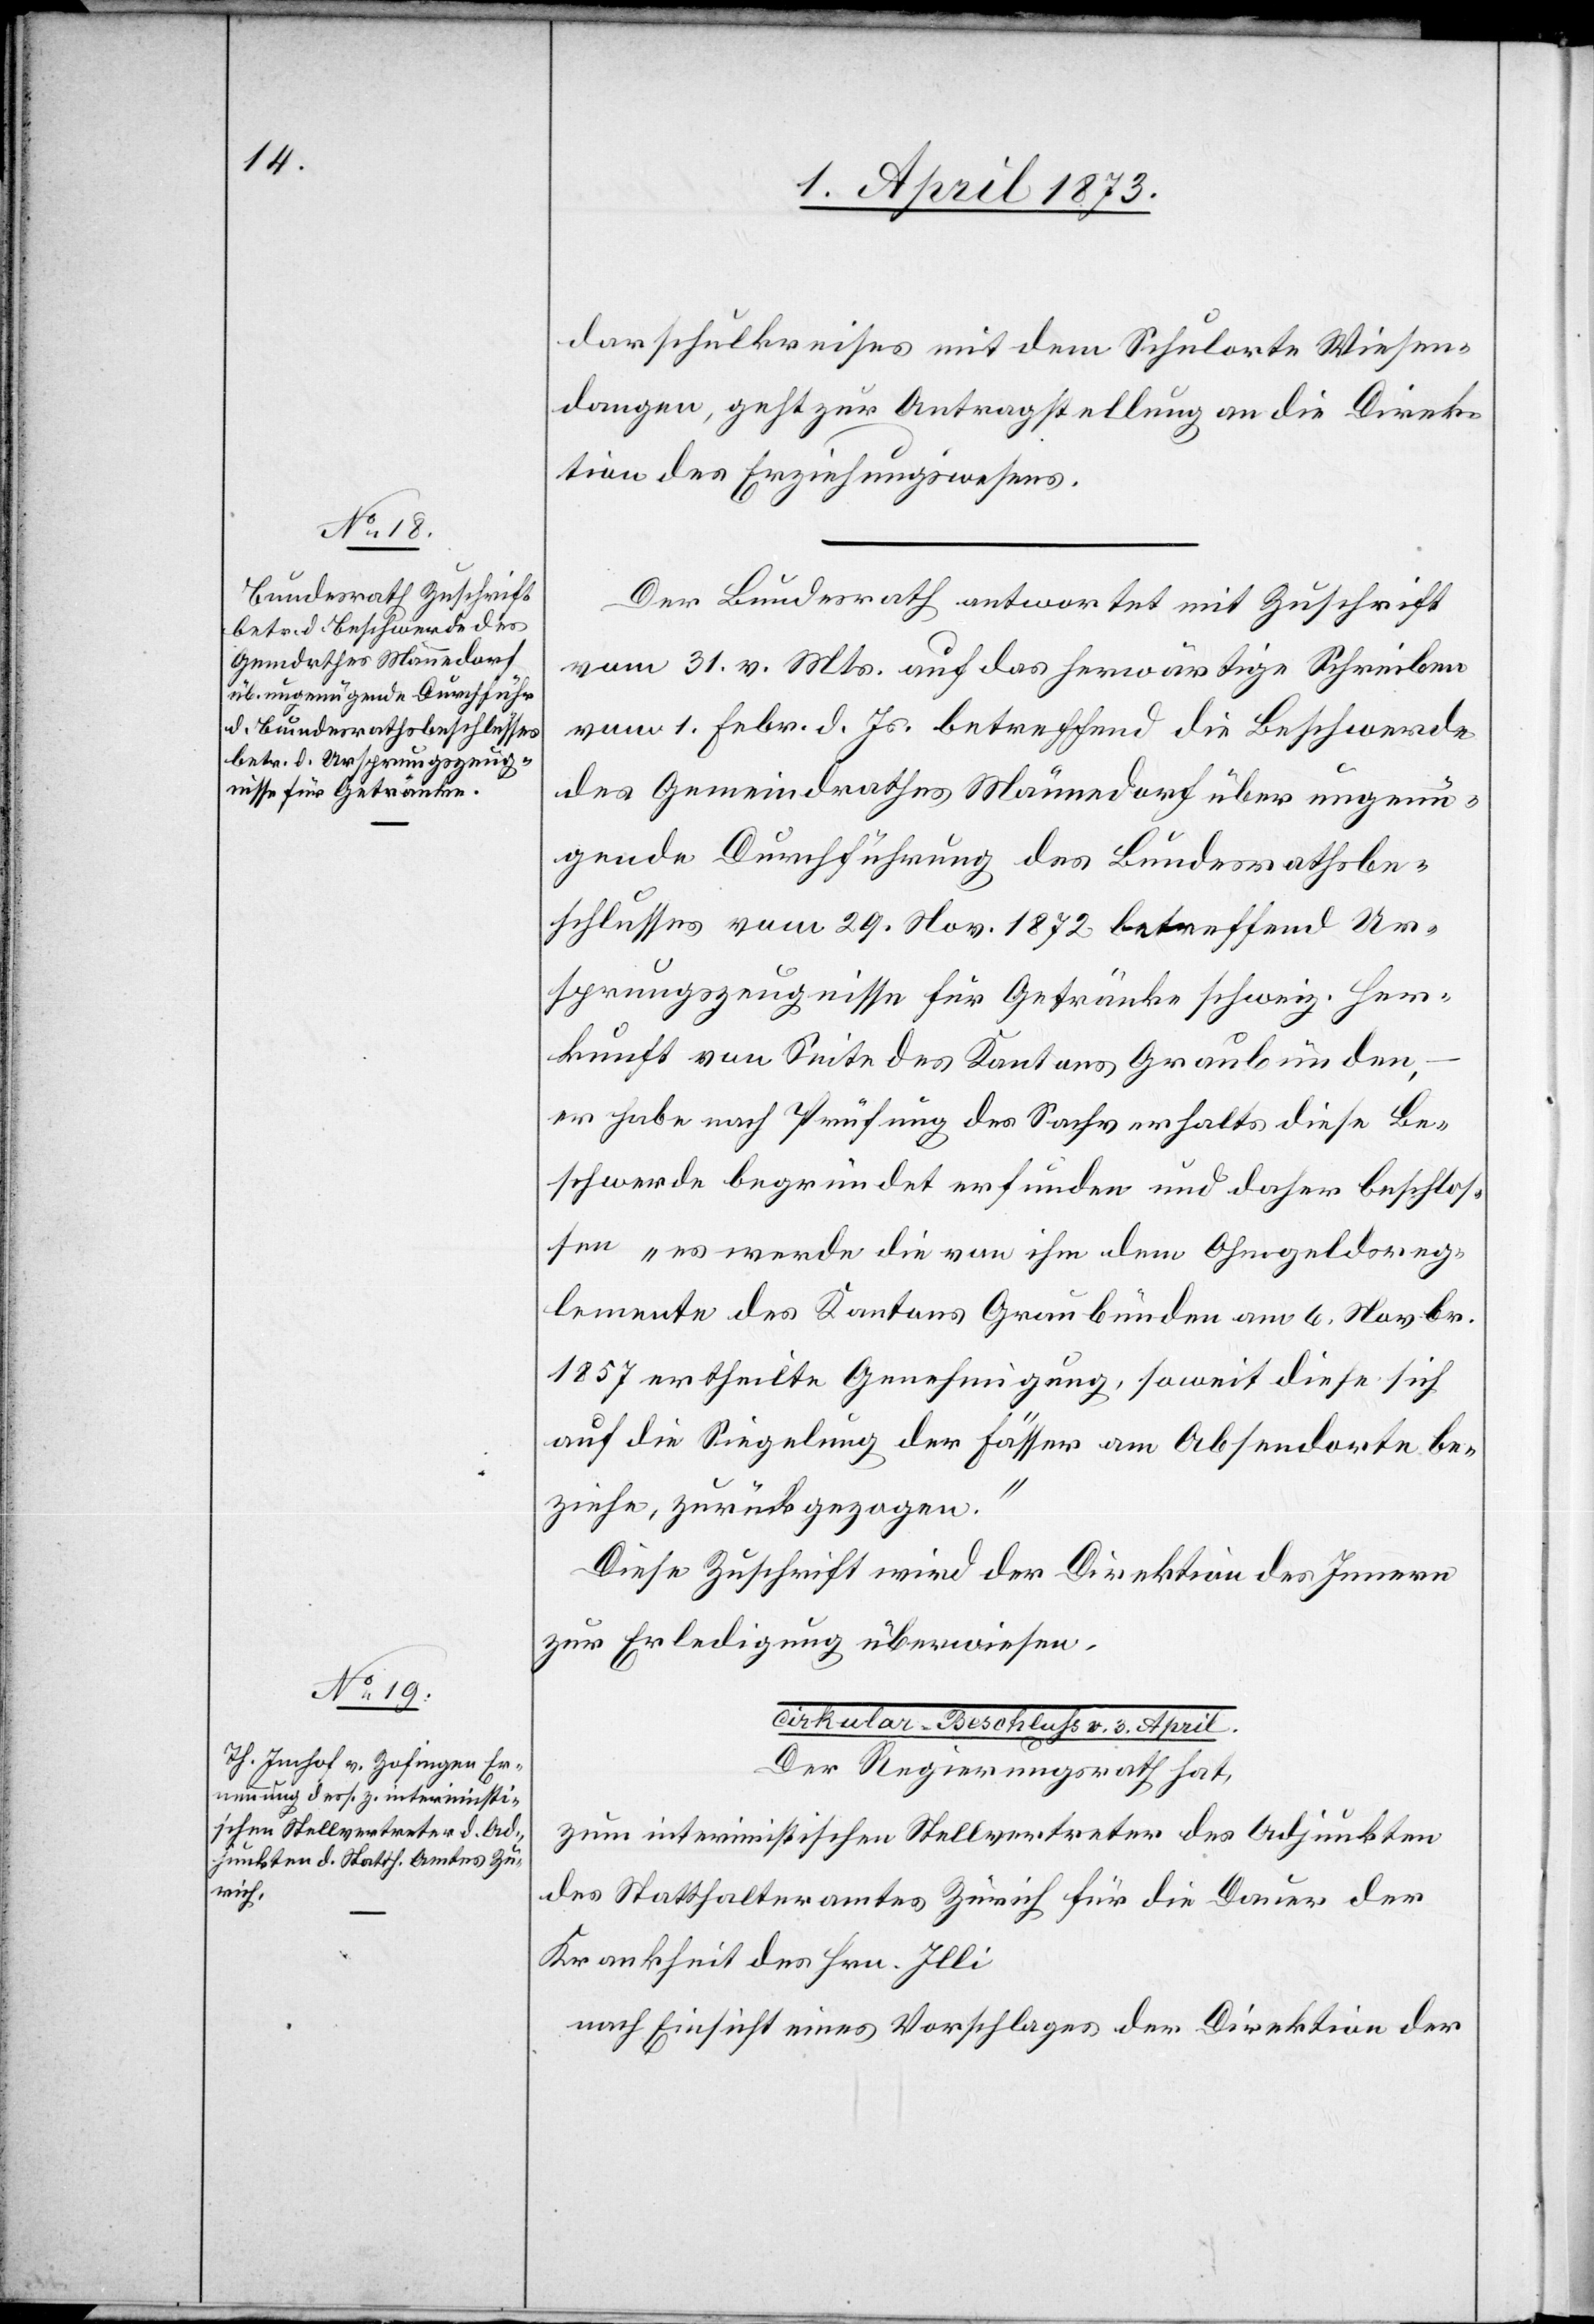
3. April 1873.]
darschulkreises mit dem Schulorte Wiesen¬
dangen, geht zur Antragstellung an die Direk¬
tion des Erziehungswesens.
Der Bundesrath antwortet mit Zuschrift
vom 31. v. Mts. auf das herwärtige Schreiben
vom 1. Febr. d. Js. betreffend die Beschwerde
des Gemeindrathes Männedorf über ungenü¬
gende Durchführung des Bundesrathsbe¬
schlusses vom 29. Nov. 1872 betreffend Ur¬
sprungszeugnisse für Getränke schweiz. Her¬
kunft von Seite des Kantons Graubünden,
er habe nach Prüfung des Sachverhalts diese Be¬
schwerde begründet erfunden und daher beschlos¬
sen „es werde die von ihm dem Ohmgeldsreg¬
lemente des Kantons Graubünden am 6. Novbr.
1857 ertheilte Genehmigung, soweit diese sich
auf die Siegelung der Fässer am Absendorte be¬
ziehe, zurückgezogen.“
Diese Zuschrift wird der Direktion des Innern
zur Erledigung überwiesen.
Cirkular-Beschluß v. 3. April.
Der Regierungsrath hat,
zum interimistischen Stellvertreter des Adjunkten
des Statthalteramtes Zürich für die Dauer der
Krankheit des Hrn. Illi
nach Einsicht eines Vorschlages der Direktion der